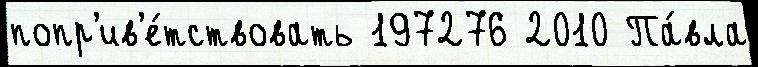
попр'ив'е́тствовать 197276 2010 Па́вла